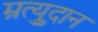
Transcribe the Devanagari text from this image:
म्रुत्युदान